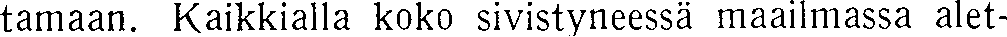
tamaan. Kaikkialla koko sivistyneessä maailmassa alet-